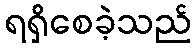
ရရှိစေခဲ့သည်